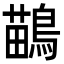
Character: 鶓